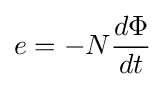
e=-N{\frac {d\Phi }{dt}}